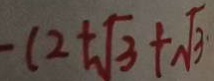
- ( 2 + \sqrt { 3 } + \sqrt { 3 } \cdot